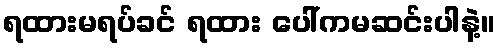
ရထားမရပ်ခင် ရထား ပေါ်ကမဆင်းပါနဲ့။